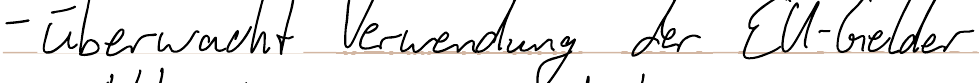
- überwacht Verwendung der EU-Gelder